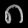
Digit: ၈